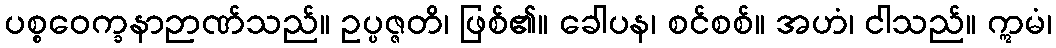
ပစ္စဝေက္ခနာဉာဏ်သည်။ ဥပ္ပဇ္ဇတိ၊ ဖြစ်၏။ ခေါပန၊ စင်စစ်။ အဟံ၊ ငါသည်။ ဣမံ၊